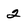
Character: 2